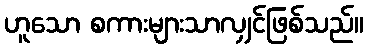
ဟူသော စကားများသာလျှင်ဖြစ်သည်။